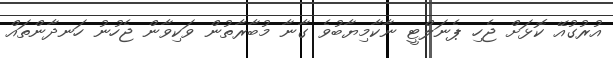
އުރުގުއޭ ކޮޅަށް ޖެހި ޕެނަލްޓީ ނާކާމިޔާބުވެ ގާނާ މުބާރާތުން ވަކިވާން ޖެހުނު ހަނދާންތައް